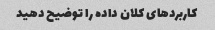
کاربردهای کلان داده را توضیح دهید